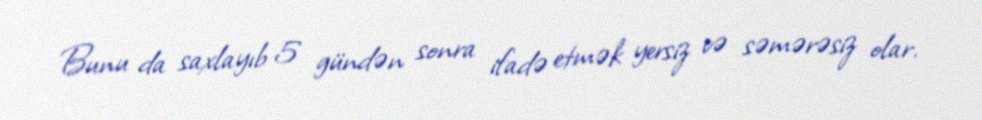
Bunu da saxlayıb 5 gündən sonra ifadə etmək yersiz və səmərəsiz olar.